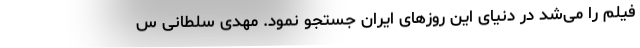
فیلم را می‌شد در دنیای این روزهای ایران جستجو نمود. مهدی سلطانی س